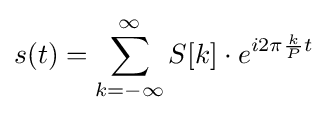
s(t)=\sum _{k=-\infty }^{\infty }S[k]\cdot e^{i2\pi {\frac {k}{P}}t}